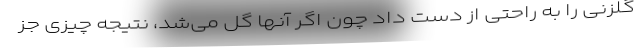
گلزنی را به راحتی از دست داد چون اگر آنها گل می‌شد، نتیجه چیزی جز